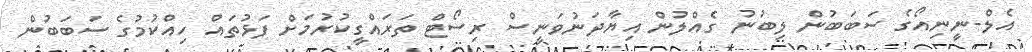
އެލް-ނީނިއޯގެ ސަބަބުން ލިބުނު ގެއްލުން އިޔާދަނުވަނީސް ރިސޯޓް ތަރައްގީކުރުމަށް ފަޅުތައް ހިއްކުމުގެ ސަބަބުން